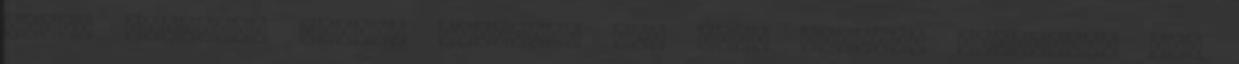
volna belőlük. Szeráf ellenben nem vett magához fegyvert, még